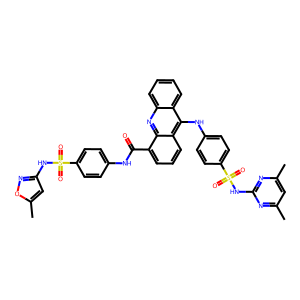
SMILES: Cc1cc(C)nc(NS(=O)(=O)c2ccc(Nc3c4ccccc4nc4c(C(=O)Nc5ccc(S(=O)(=O)Nc6cc(C)on6)cc5)cccc34)cc2)n1
Inhibits HIV replication: No